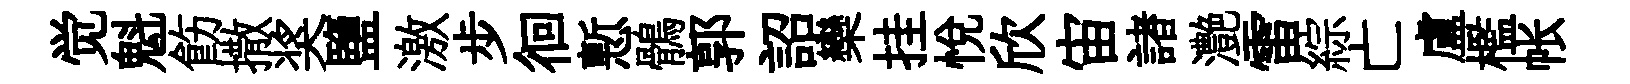
觉魁飭撒奖鹽激步徊慙鶻郭詔欒挂悦欣宙諸灔雷綜亡盧檻帐